Report on enteric fever
Disease focus: Fever
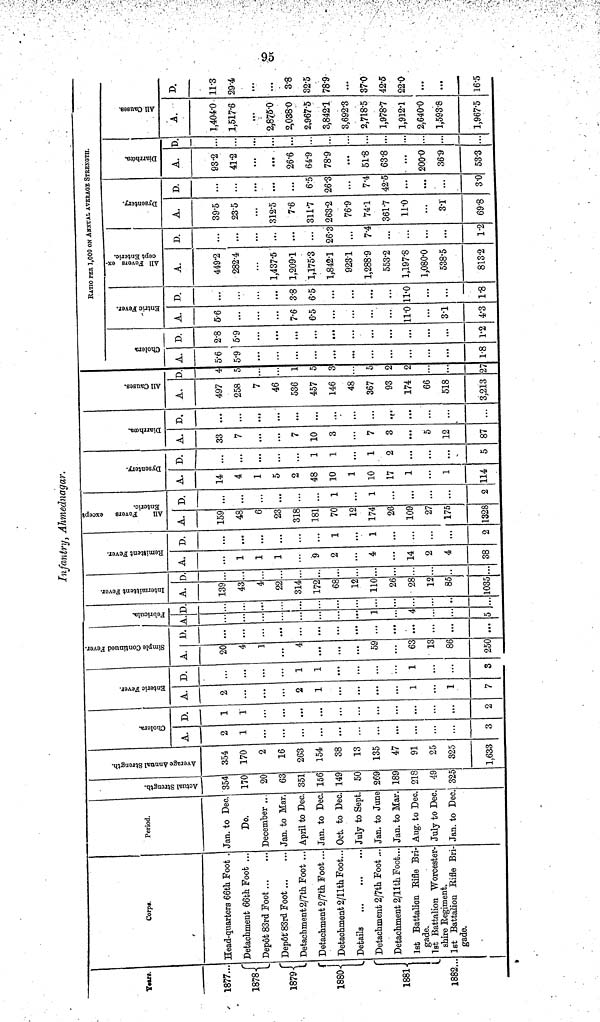
Infantry, Ahmednagar.
Years.
1877..
1878
1879
1880
1881
1882.
Corp.
Head-quarters 66th Foot .
Detachment 66th Foot ...
Depot 83rd Foot
Depot 83rd Foot
Detachment 2/7th Foot ..
Detachment 2/7th Foot..
Detachment 2/11th Foot-
Details
Detachment 2/7th Foot..
Detachment 2/llth Foot..
1st Battalion Rifle Bri
gade.
1st Battalion Worcester-
shire Regiment.
1st Battalion Rifle Bri
gade.
Period.
Jan. to Dec
Do.
December ..
Jan to Mar
April to Dec
Jan. to Dec
Oct. to Dec
July to Sept
Jan. to June
Jan. to Mar.
Aug. to Dec
July to Dec
Jan. to Dec
Actual Strength
354
170
20
63
351
156
149
5
18
218
4
32
Average Annual Strength
354
170
2
16
263
154
38
13
135
47
91
25
325
1,633
Cholera
A.
2
1
...
...
3
D.
1
1
...
...
...
2
Enteric Fever.
A.
2
...
2
1
1
1
7
D.
...
1
1
1
...
3
Simple Continued Fever.
A.
20
4
1
4
...
59
63
13
86
250
D.
...
...
...
...
...
Febricula.
A.
1
5
D.
...
...
Intermittent Fever.
A.
139
43
4
22
314
172
68
12
110
26
28
12
85
1035
D.
..
Remittent Fever
A.
1
1
1
' 9
?,
4
14
2
4
38
D.
...
...
...
1
1
...
2
All
Fevers except
Ente
A.
159
48
6
23
318
181
70
12
174
26
109
27
175
1328
D.
...
...
...
1
1
...
2
Dysentery.
A.
14
4
1
5
2
48
10
1
10
17
1
1
114
D.
...
...
1
1
1
2
...
5
Diarrhœa.
A.
33
7
7
10
3
7
3
5
12
87
D.
...
...
...
...
...
All Causes.
A,
497
258
7
46
536
457
146
48
367
93
174
66
518
3,213
D.
4
5
1
5
3
5
0
2
...
27
RATIO PER 1,000 ON ANNUAL AVERAGE STRENGTH.
Cholera.
A.
5.6
5.9
...
...
...
...
1-8
D.
2.8
5.9
...
...
...
...
1.2
Entric Fever.
A.
5.6
...
7.6
6.5
11.0
3.1
4.3
D.
3.8
6.5
11.0
...
1.8
All Fevers except Enteric.
A.
449.2
282.4
1,437,5
1,209.1
1,175.3
l,842.1
9231
1,288.9
553.2
1,197.8
1,080.0
538.5
813.2
D.
...
...
...
26.3
7.4
...
1.2
Dysentery
A.
39.5
23.5
312.5
7.6
311.7
263.2
76.9
74.1
361.7
11.0
3.1
69.8
D.
...
...
6.5
26.3
7.4
42.5
...
3.0
Diarrhoœa.
A.
93.2
41.2
26.6
64.9
78.9
51.8
63.8
200.0
36.9
53.3
D
...
...
...
All Causes.
A.
1,404.0
1,517-6
2,875.0
2,038.0
2,967.5
3,842.1
3,692.3
2,718.5
1,978.7
1,912.1
2.640.0
1,593.8
1,967.5
D.
11.3
29.4
3.8
32.5
78.9
37.0
42.5
22.0
...
16.5
95